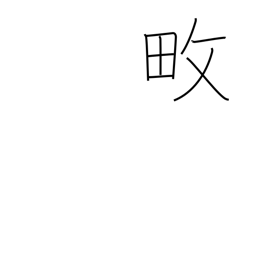
Meaning: cultivate